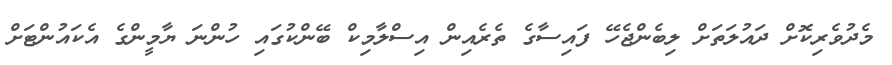
މެދުވެރިކޮށް ދައުލަތަށް ލިބެންޖެހޭ ފައިސާގެ ތެރެއިން އިސްލާމިކް ބޭންކުގައި ހުންނަ ޔާމީންގެ އެކައުންޓަށް